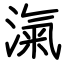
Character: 滊